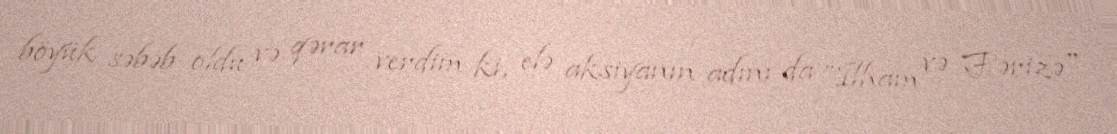
böyük səbəb oldu və qərar verdim ki, elə aksiyanın adını da ”İlham və Fərizə"